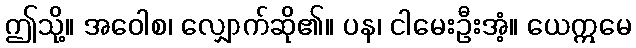
ဤသို့။ အဝေါစ၊ လျှောက်ဆို၏။ ပန၊ ငါမေးဦးအံ့။ ယေဣမေ